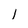
Character: 1